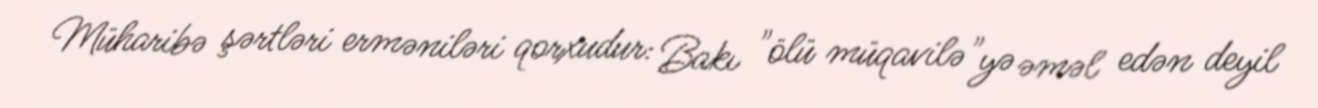
Müharibə şərtləri erməniləri qorxudur: Bakı "ölü müqavilə"yə əməl edən deyil